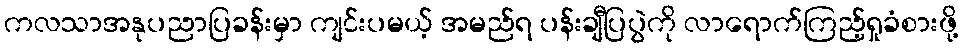
ကလသာအနုပညာပြခန်းမှာ ကျင်းပမယ့် အမည်ရ ပန်းချီပြပွဲကို လာရောက်ကြည့်ရှုခံစားဖို့